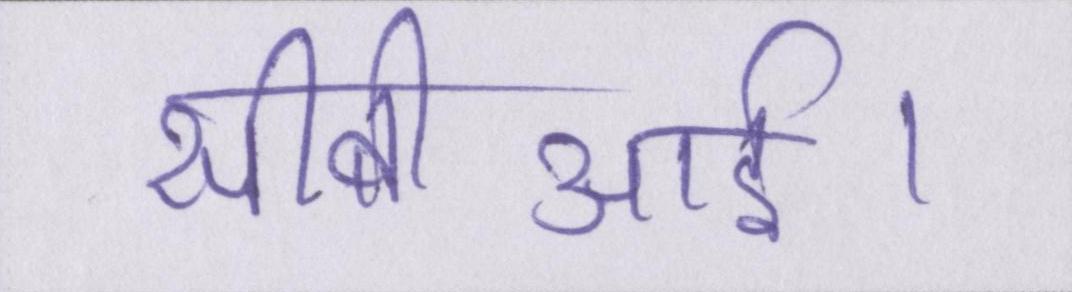
सीबीआई।